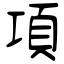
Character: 項